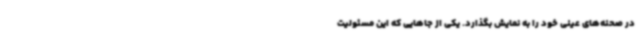
در صحنه‌های عینی خود را به نمایش بگذارد. یکی از جاهایی که این مسئولیت